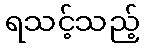
ရသင့်သည့်